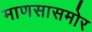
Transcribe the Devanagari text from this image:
माणसासमोर